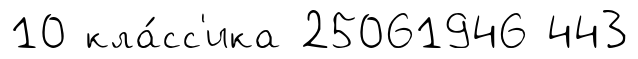
10 кла́сс'ика 25061946 443